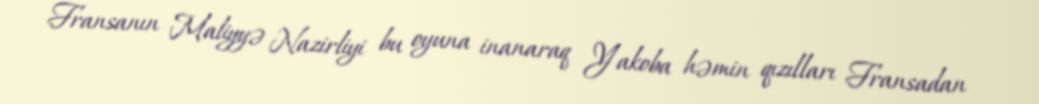
Fransanın Maliyyə Nazirliyi bu oyuna inanaraq Yakoba həmin qızılları Fransadan